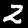
Label: 2